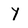
Character: Y